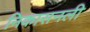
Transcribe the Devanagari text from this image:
निकासनली